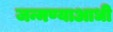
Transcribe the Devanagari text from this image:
जन्मण्याआधी